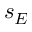
s _ { E }